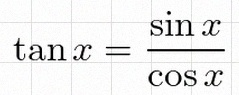
\tan x=\frac{\sin x}{\cos x}